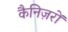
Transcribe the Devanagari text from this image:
कैनिज़रों